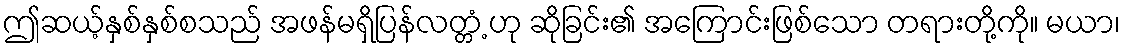
ဤဆယ့်နှစ်နှစ်စသည် အဖန်မရှိပြန်လတ္တံ့ ဟု ဆိုခြင်း၏ အကြောင်းဖြစ်သော တရားတို့ကို။ မယာ၊